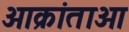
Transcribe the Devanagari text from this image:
आक्रांताओ